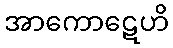
အာကောဋေဟိ